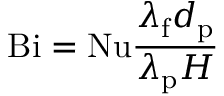
\ifmmode \mathrm { B i } \else \mathrm { B i } \fi = \mathrm { N u } \frac { \lambda _ { \mathrm { f } } d _ { \mathrm { p } } } { \lambda _ { \mathrm { p } } H }